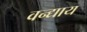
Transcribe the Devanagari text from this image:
वन्द्याय